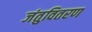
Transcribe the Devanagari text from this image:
जंतुवितरण